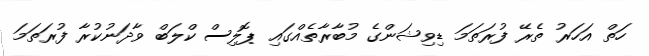
ހަތް އަހަރު ތެރޭ ފުރަތަމަ ޑިވިޝަންގެ މުބާރާތެއްގައި ޕޮލިސް ކްލަބް ވާދަނުކުރާ ފުރަތަމަ